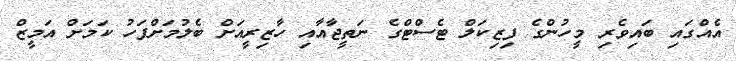
އެއްގައި ބައިވެރި މީހުންގެ ފިޒިކަލް ޓެސްޓްގެ ނަތީޖާއާއި ހާޒިރީއަށް ބެލުމަށްފަހު ކަމަށް އަމީޒް